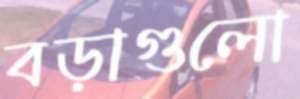
বড়াগুলো